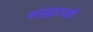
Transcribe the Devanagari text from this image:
समुद्रतळी